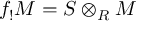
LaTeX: f _ { ! } M = S \otimes _ { R } M